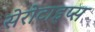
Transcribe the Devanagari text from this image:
सेरोटाइप्स